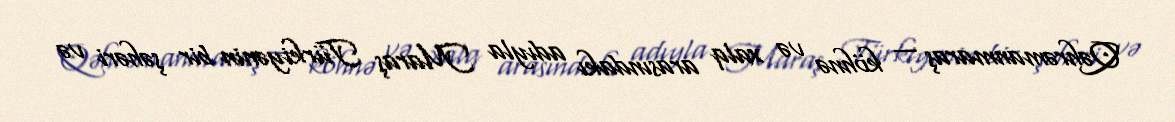
Qəhrəmanmaraş — köhnə və xalq arasındakı adıyla Maraş Türkiyənin bir şəhəri və